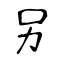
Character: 另